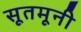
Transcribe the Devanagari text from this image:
सूतमूनी